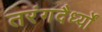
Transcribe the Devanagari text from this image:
तरंगदैर्ध्‍यों